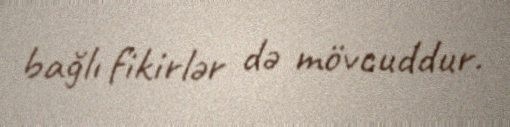
bağlı fikirlər də mövcuddur.